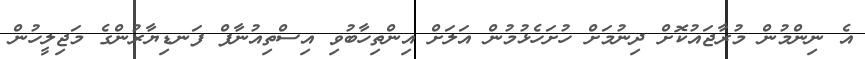
އެ ނިންމުން މުރާޖައުކޮށް ދިނުމަށް ހުށަހެޅުމުން އަލަށް އިންތިހާބުވި އިސްތިއުނާފް ފަނޑިޔާރުންގެ މަޖިލީހުން